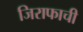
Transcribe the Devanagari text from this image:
जिराफाची